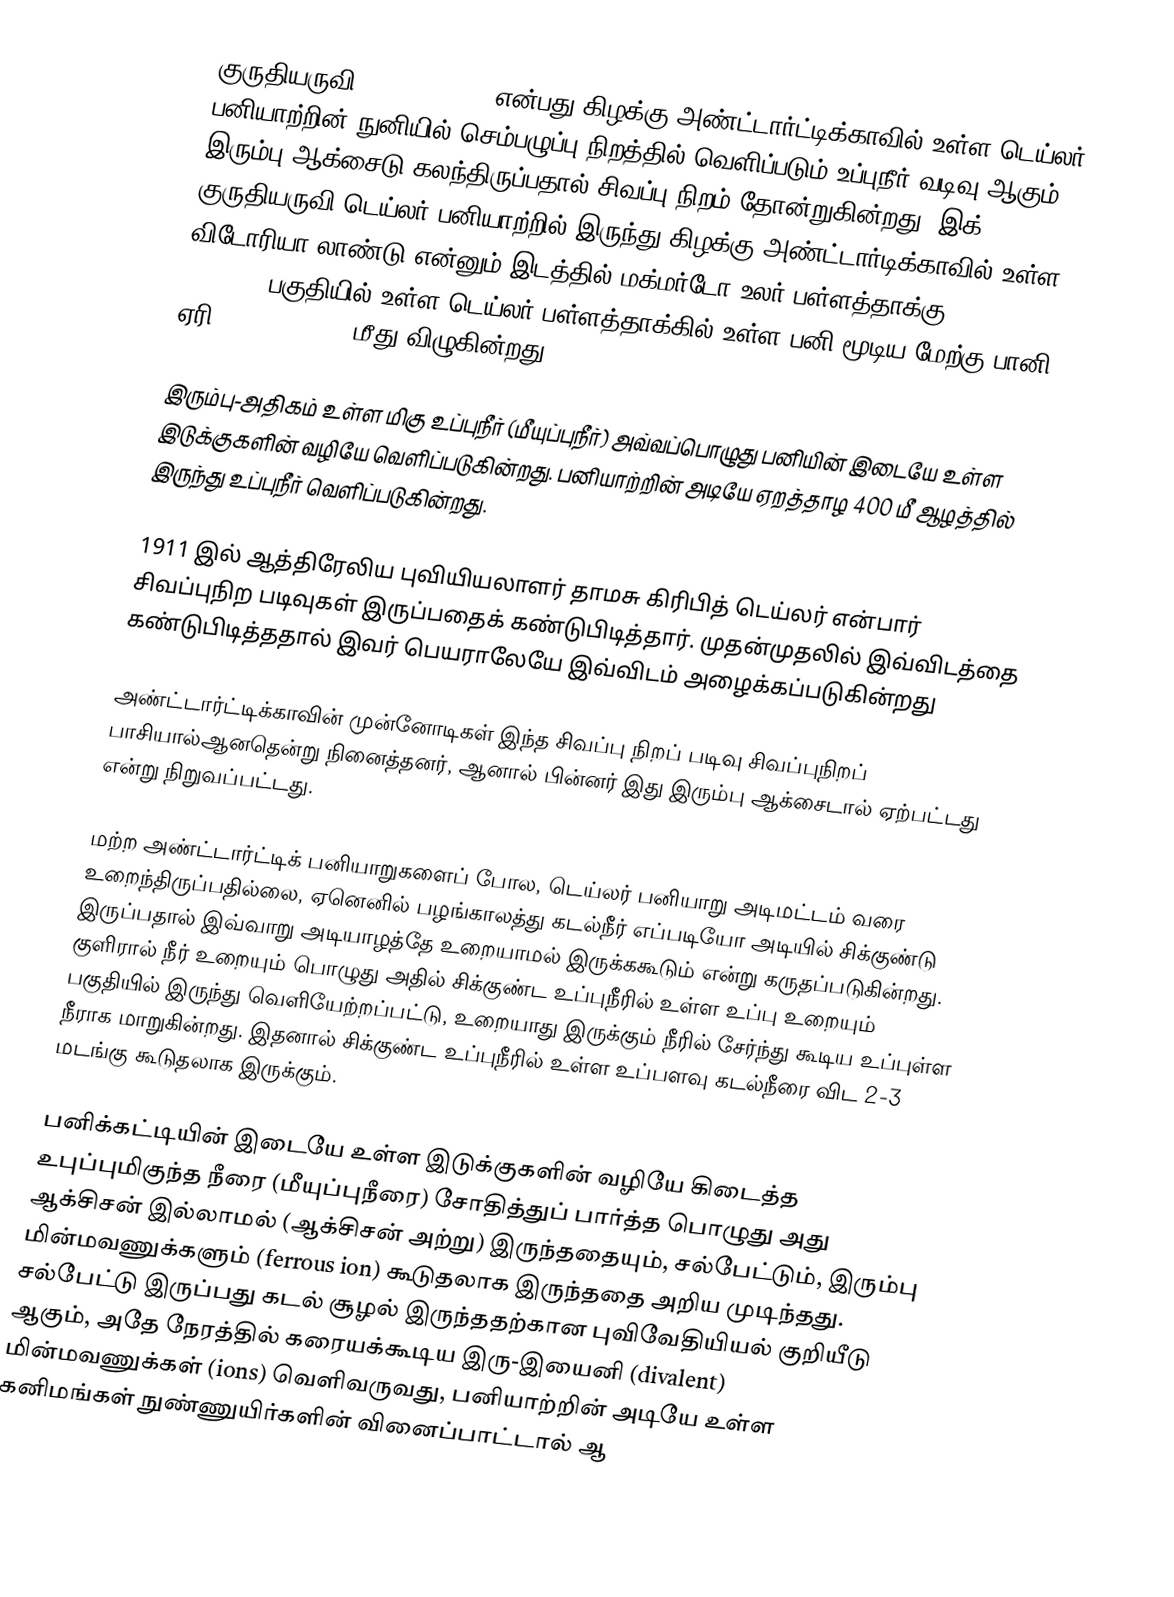
குருதியருவி (Blood Falls) என்பது கிழக்கு அண்ட்டார்ட்டிக்காவில் உள்ள டெய்லர் பனியாற்றின் நுனியில் செம்பழுப்பு நிறத்தில் வெளிப்படும் உப்புநீர் வடிவு ஆகும். இரும்பு ஆக்சைடு கலந்திருப்பதால் சிவப்பு நிறம் தோன்றுகின்றது. இக் குருதியருவி டெய்லர் பனியாற்றில் இருந்து கிழக்கு அண்ட்டார்டிக்காவில் உள்ள விடோரியா லாண்டு என்னும் இடத்தில் மக்மர்டோ உலர் பள்ளத்தாக்கு (McMurdo Dry Valleys) பகுதியில் உள்ள டெய்லர் பள்ளத்தாக்கில் உள்ள பனி மூடிய மேற்கு பானி ஏரி (Lake Bonney) மீது விழுகின்றது.

இரும்பு-அதிகம் உள்ள மிகு உப்புநீர் (மீயுப்புநீர்) அவ்வப்பொழுது பனியின் இடையே உள்ள இடுக்குகளின் வழியே வெளிப்படுகின்றது. பனியாற்றின் அடியே ஏறத்தாழ 400 மீ ஆழத்தில் இருந்து உப்புநீர் வெளிப்படுகின்றது.

1911 இல் ஆத்திரேலிய புவியியலாளர் தாமசு கிரிபித் டெய்லர் என்பார் சிவப்புநிற படிவுகள் இருப்பதைக் கண்டுபிடித்தார். முதன்முதலில் இவ்விடத்தை கண்டுபிடித்ததால் இவர் பெயராலேயே இவ்விடம் அழைக்கப்படுகின்றது

அண்ட்டார்ட்டிக்காவின் முன்னோடிகள் இந்த சிவப்பு நிறப் படிவு சிவப்புநிறப் பாசியால்ஆனதென்று நினைத்தனர், ஆனால் பின்னர் இது இரும்பு ஆக்சைடால் ஏற்பட்டது என்று நிறுவப்பட்டது.

மற்ற அண்ட்டார்ட்டிக் பனியாறுகளைப் போல, டெய்லர் பனியாறு அடிமட்டம் வரை உறைந்திருப்பதில்லை, ஏனெனில் பழங்காலத்து கடல்நீர் எப்படியோ அடியில் சிக்குண்டு இருப்பதால் இவ்வாறு அடியாழத்தே உறையாமல் இருக்ககூடும் என்று கருதப்படுகின்றது. குளிரால் நீர் உறையும் பொழுது அதில் சிக்குண்ட உப்புநீரில் உள்ள உப்பு உறையும் பகுதியில் இருந்து வெளியேற்றப்பட்டு, உறையாது இருக்கும் நீரில் சேர்ந்து கூடிய உப்புள்ள நீராக மாறுகின்றது. இதனால் சிக்குண்ட உப்புநீரில் உள்ள உப்பளவு கடல்நீரை விட 2-3 மடங்கு கூடுதலாக இருக்கும்.

பனிக்கட்டியின் இடையே உள்ள இடுக்குகளின் வழியே கிடைத்த உபுப்புமிகுந்த நீரை (மீயுப்புநீரை) சோதித்துப் பார்த்த பொழுது அது ஆக்சிசன் இல்லாமல் (ஆக்சிசன் அற்று) இருந்ததையும், சல்பேட்டும், இரும்பு மின்மவணுக்களும் (ferrous ion) கூடுதலாக இருந்ததை அறிய முடிந்தது. சல்பேட்டு இருப்பது கடல் சூழல் இருந்ததற்கான புவிவேதியியல் குறியீடு ஆகும், அதே நேரத்தில் கரையக்கூடிய இரு-இயைனி (divalent) மின்மவணுக்கள் (ions) வெளிவருவது, பனியாற்றின் அடியே உள்ள கனிமங்கள் நுண்ணுயிர்களின் வினைப்பாட்டால் ஆ